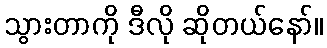
သွားတာကို ဒီလို ဆိုတယ်နော်။